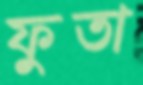
ফুতা